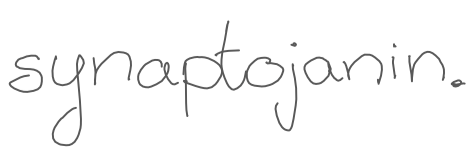
Text: synaptojanin.
Cross-out: clean
Writing tool: digital_gray